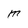
Character: M